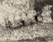
شكرا